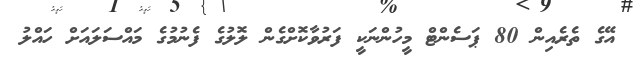
އޭގެ ތެރެއިން 80 ޕަސެންޓް މީހުންނަކީ ފަރުވާކޮށްގެން ލޮލުގެ ފެނުމުގެ މައްސަލައަށް ހައްލު